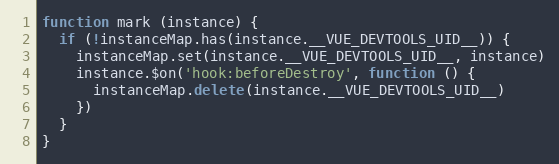
Language: JavaScript
function mark (instance) {
  if (!instanceMap.has(instance.__VUE_DEVTOOLS_UID__)) {
    instanceMap.set(instance.__VUE_DEVTOOLS_UID__, instance)
    instance.$on('hook:beforeDestroy', function () {
      instanceMap.delete(instance.__VUE_DEVTOOLS_UID__)
    })
  }
}